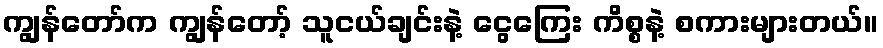
ကျွန်တော်က ကျွန်တော့် သူငယ်ချင်းနဲ့ ငွေကြေး ကိစ္စနဲ့ စကားများတယ်။